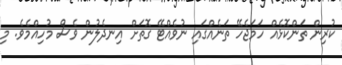
ކުރިން ތަންކޮޅެއް ހަމަޖެހޭ ތަނެއްގައި ނުވެއްޓޭ ގޮތަށް އިނދެލުން ވެސް މުހިއްމެވެ. މި